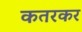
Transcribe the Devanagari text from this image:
कतरकर